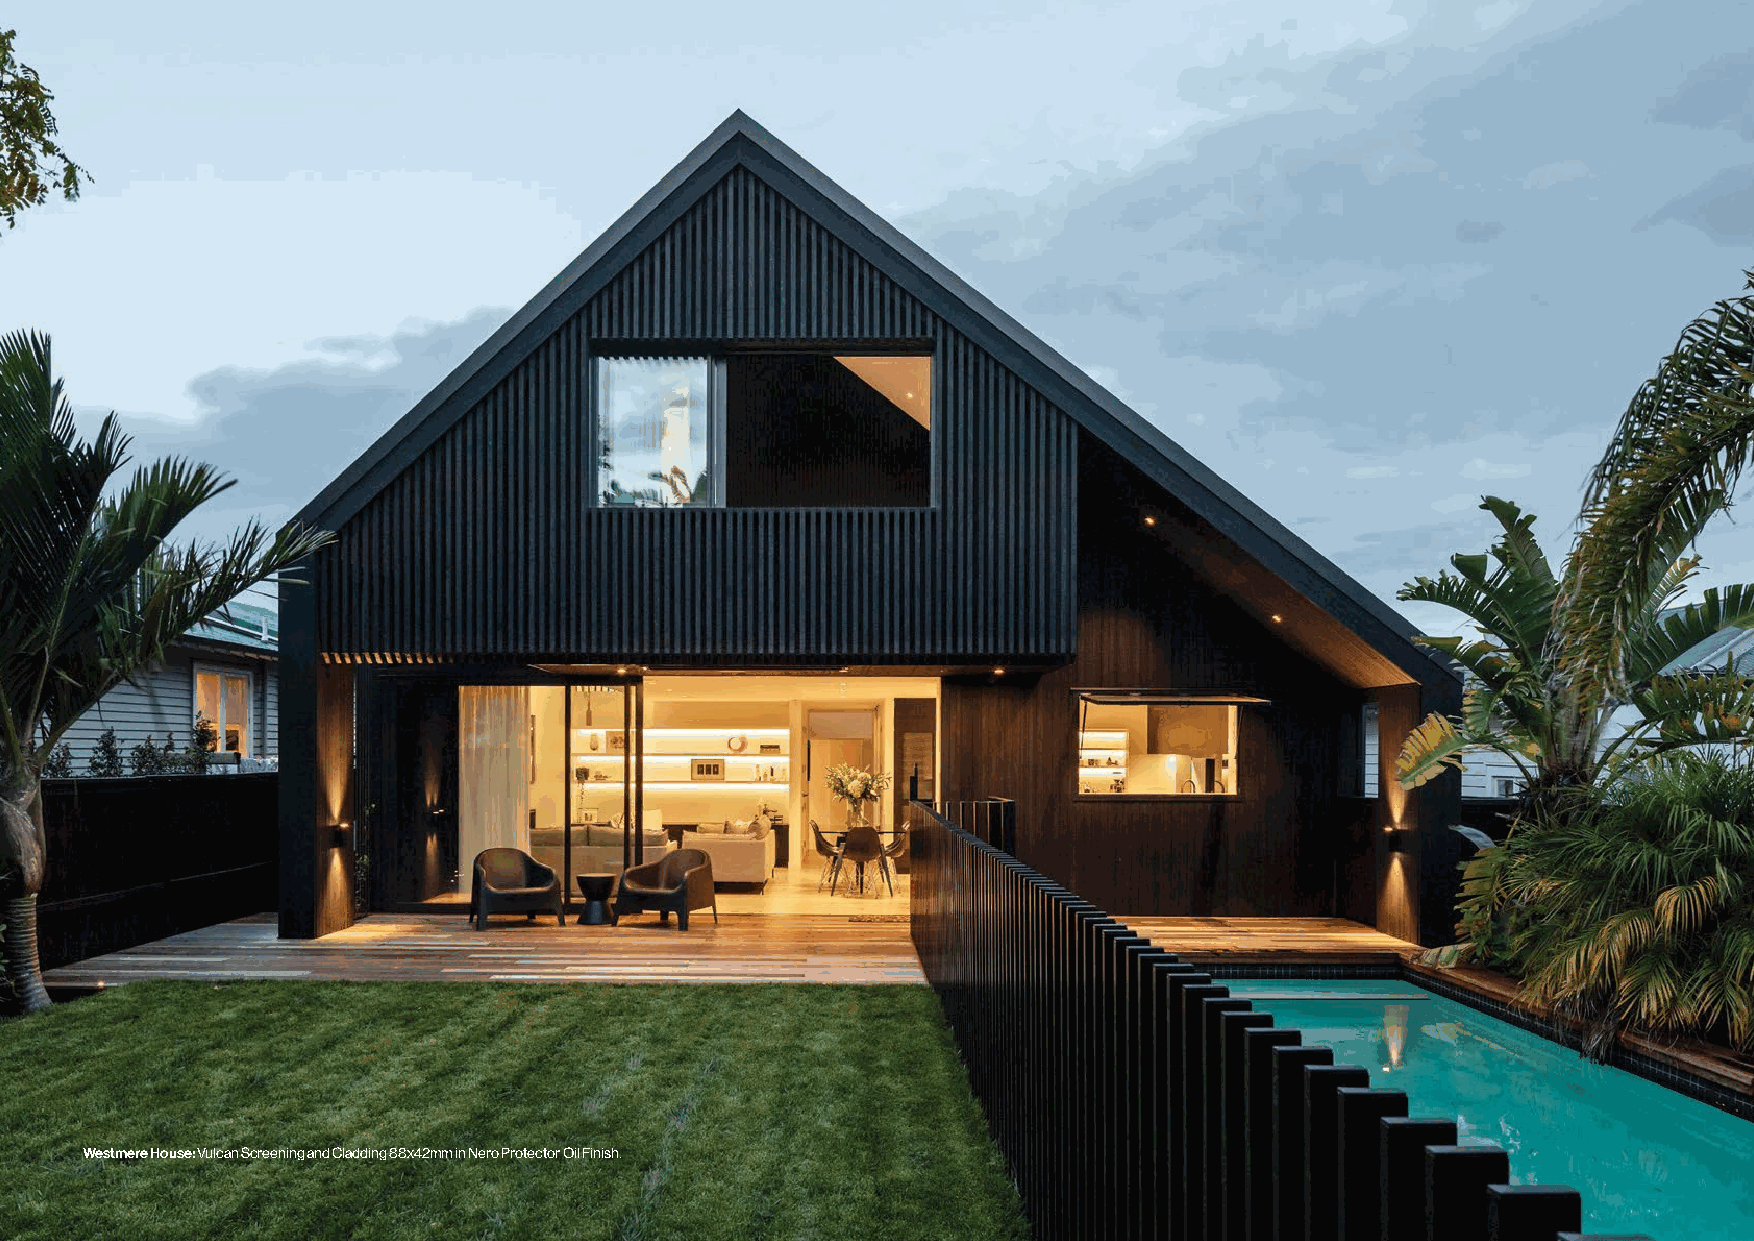
Westmere House: Vulcan Screening and Cladding 88x42mm in Nero Protector Oil Finish. © Abodo Wood Ltd | Abodo Vulcan Screening Design Guide May 21 Carefully Crafted Timber 14